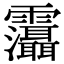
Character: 𩇋